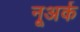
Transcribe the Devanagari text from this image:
नूअर्क